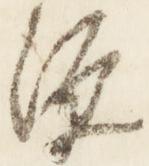
源